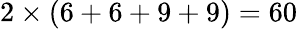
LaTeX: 2\times(6+6+9+9)=60